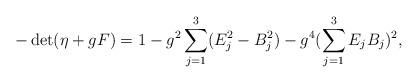
LaTeX: \begin{align*}-\det(\eta+gF)=1-g^2\sum_{j=1}^3(E_j^2-B_j^2)-g^4(\sum_{j=1}^3E_jB_j)^2,\end{align*}